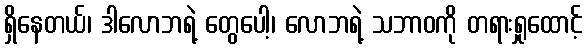
ရှိနေတယ်၊ ဒါလောဘရဲ့ တွေပေါ့၊ လောဘရဲ့ သဘာဝကို တရားရှုထောင့်